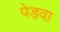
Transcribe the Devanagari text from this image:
पेड़वा